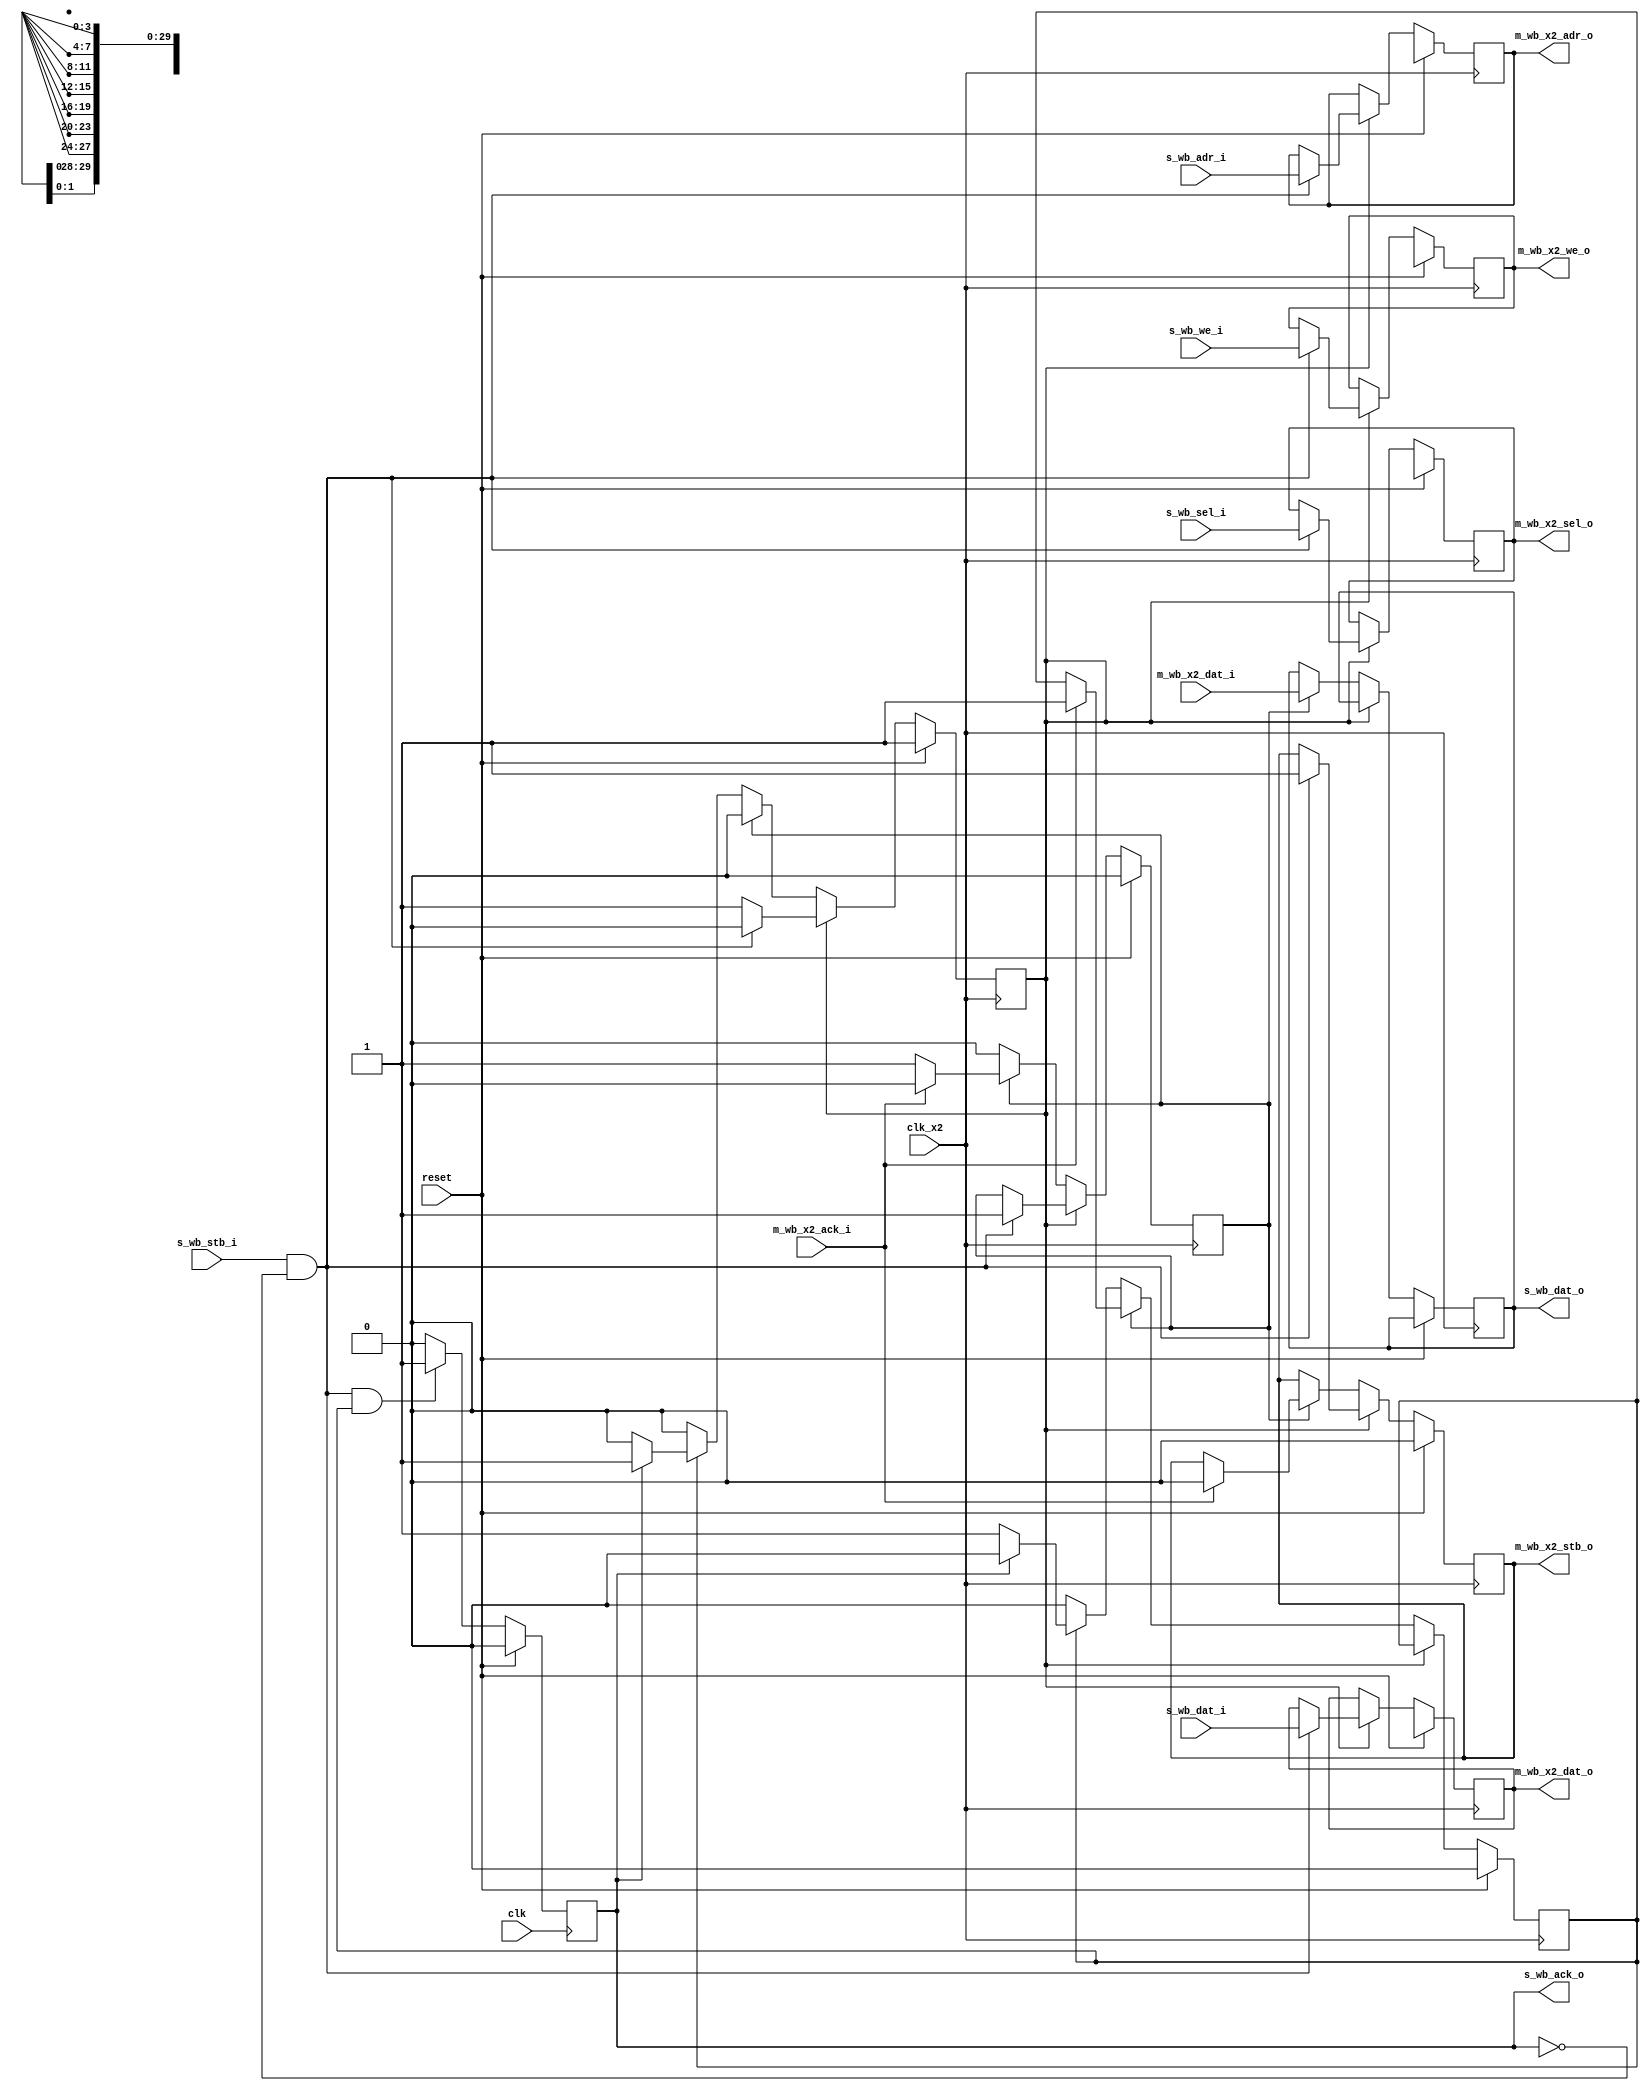
// ---------------------------------------------------------------------------
//  Jelly  -- The platform for real-time computing
//
//                                 Copyright (C) 2008-2015 by Ryuji Fuchikami
//                                 https://github.com/ryuz/jelly.git
// ---------------------------------------------------------------------------



`timescale 1ns / 1ps
`default_nettype none


// whishbone x2 clock bridge
module jelly_wishbone_clk_x2
        #(
            parameter   WB_ADR_WIDTH  = 30,
            parameter   WB_DAT_WIDTH  = 32,
            parameter   WB_SEL_WIDTH  = (WB_DAT_WIDTH / 8)
        )
        (
            //system
            input   wire                        clk,
            input   wire                        clk_x2,
            input   wire                        reset,
            
            // wishbone
            input   wire    [WB_ADR_WIDTH-1:0]  s_wb_adr_i,
            output  reg     [WB_DAT_WIDTH-1:0]  s_wb_dat_o,
            input   wire    [WB_DAT_WIDTH-1:0]  s_wb_dat_i,
            input   wire                        s_wb_we_i,
            input   wire    [WB_SEL_WIDTH-1:0]  s_wb_sel_i,
            input   wire                        s_wb_stb_i,
            output  reg                         s_wb_ack_o,
            
            // wishbone
            output  reg     [WB_ADR_WIDTH-1:0]  m_wb_x2_adr_o,
            output  reg     [WB_DAT_WIDTH-1:0]  m_wb_x2_dat_o,
            input   wire    [WB_DAT_WIDTH-1:0]  m_wb_x2_dat_i,
            output  reg                         m_wb_x2_we_o,
            output  reg     [WB_SEL_WIDTH-1:0]  m_wb_x2_sel_o,
            output  reg                         m_wb_x2_stb_o,
            input   wire                        m_wb_x2_ack_i
        );
    
    reg                         st_idle;
    reg                         st_busy;
    reg                         st_end;

    always @( posedge clk ) begin
        if ( reset ) begin
            s_wb_ack_o <= 1'b0;
        end
        else begin
            if ( s_wb_stb_i & ~s_wb_ack_o & st_end ) begin
                s_wb_ack_o <= 1'b1;
            end
            else begin
                s_wb_ack_o <= 1'b0;
            end
        end
    end
    
    
    always @( posedge clk_x2 ) begin
        if ( reset ) begin
            st_idle <= 1'b1;
            st_busy <= 1'b0;
            st_end  <= 1'b0;
            
            m_wb_x2_adr_o <= {WB_ADR_WIDTH{1'bx}};
            m_wb_x2_dat_o <= {WB_DAT_WIDTH{1'bx}};
            m_wb_x2_we_o  <= 1'bx;
            m_wb_x2_sel_o <= {WB_SEL_WIDTH{1'bx}};
            m_wb_x2_stb_o <= 1'b0;
        end
        else begin
            if ( st_idle ) begin
                if ( s_wb_stb_i & ~s_wb_ack_o ) begin
                    m_wb_x2_adr_o <= s_wb_adr_i;
                    m_wb_x2_dat_o <= s_wb_dat_i;
                    m_wb_x2_we_o  <= s_wb_we_i;
                    m_wb_x2_sel_o <= s_wb_sel_i;
                    m_wb_x2_stb_o <= 1'b1;
                    
                    st_idle <= 1'b0;
                    st_busy <= 1'b1;
                end
            end
            else if ( st_busy ) begin
                s_wb_dat_o <= m_wb_x2_dat_i;
                if ( m_wb_x2_ack_i ) begin
                    m_wb_x2_stb_o <= 1'b0;
                    st_busy     <= 1'b0;
                    st_end      <= 1'b1;
                end
            end
            else if ( st_end ) begin
                if ( s_wb_ack_o ) begin
                    st_end  <= 1'b0;
                    st_idle <= 1'b1;
                end
            end
        end
    end
    
endmodule



`default_nettype wire


// end of file